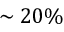
\sim 2 0 \%